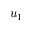
u _ { 1 }